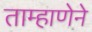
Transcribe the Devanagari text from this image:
ताम्हाणेने